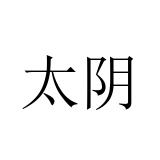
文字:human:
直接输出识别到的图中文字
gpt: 太阴